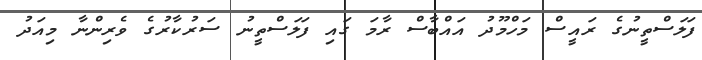
ފަލަސްތީނުގެ ރައީސް މަހްމޫދު އައްބާސް ރާމަ ގައި ފަލަސްތީނު ސަރުކާރުގެ ވެރިންނާ މިއަދު